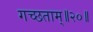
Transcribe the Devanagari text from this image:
गच्छताम्‌॥२०॥